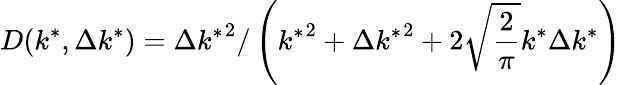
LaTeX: D(k^{*},\Delta k^{*})={{\Delta k^{*}}^{2}}/\left({{k^{*}}^{2}+{\Delta k^{*}}^{2}+2\sqrt{\frac{2}{\pi}}k^{*}\Delta k^{*}}\right)